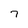
Character: 7